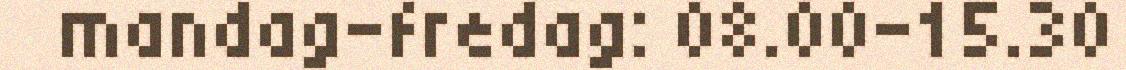
mandag-fredag: 08.00-15.30